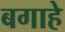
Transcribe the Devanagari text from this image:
बगाहे